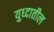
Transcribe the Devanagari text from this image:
युध्दातील